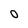
Character: 0